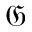
\mathfrak { G }